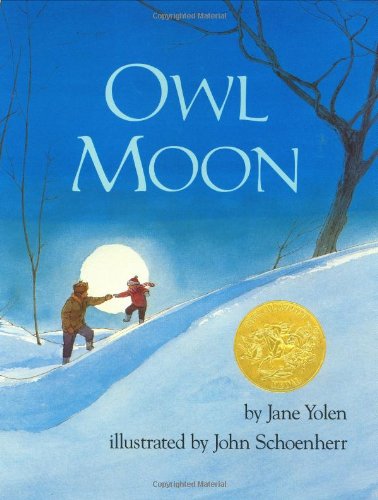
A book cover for Owl Moon; Jane Yolen; Children's Books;